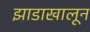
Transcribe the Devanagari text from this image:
झाडाखालून